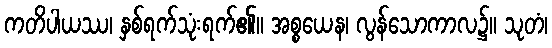
ကတိပါယဿ၊ နှစ်ရက်သုံးရက်၏။ အစ္စယေန၊ လွန်သောကာလ၌။ သုတံ၊